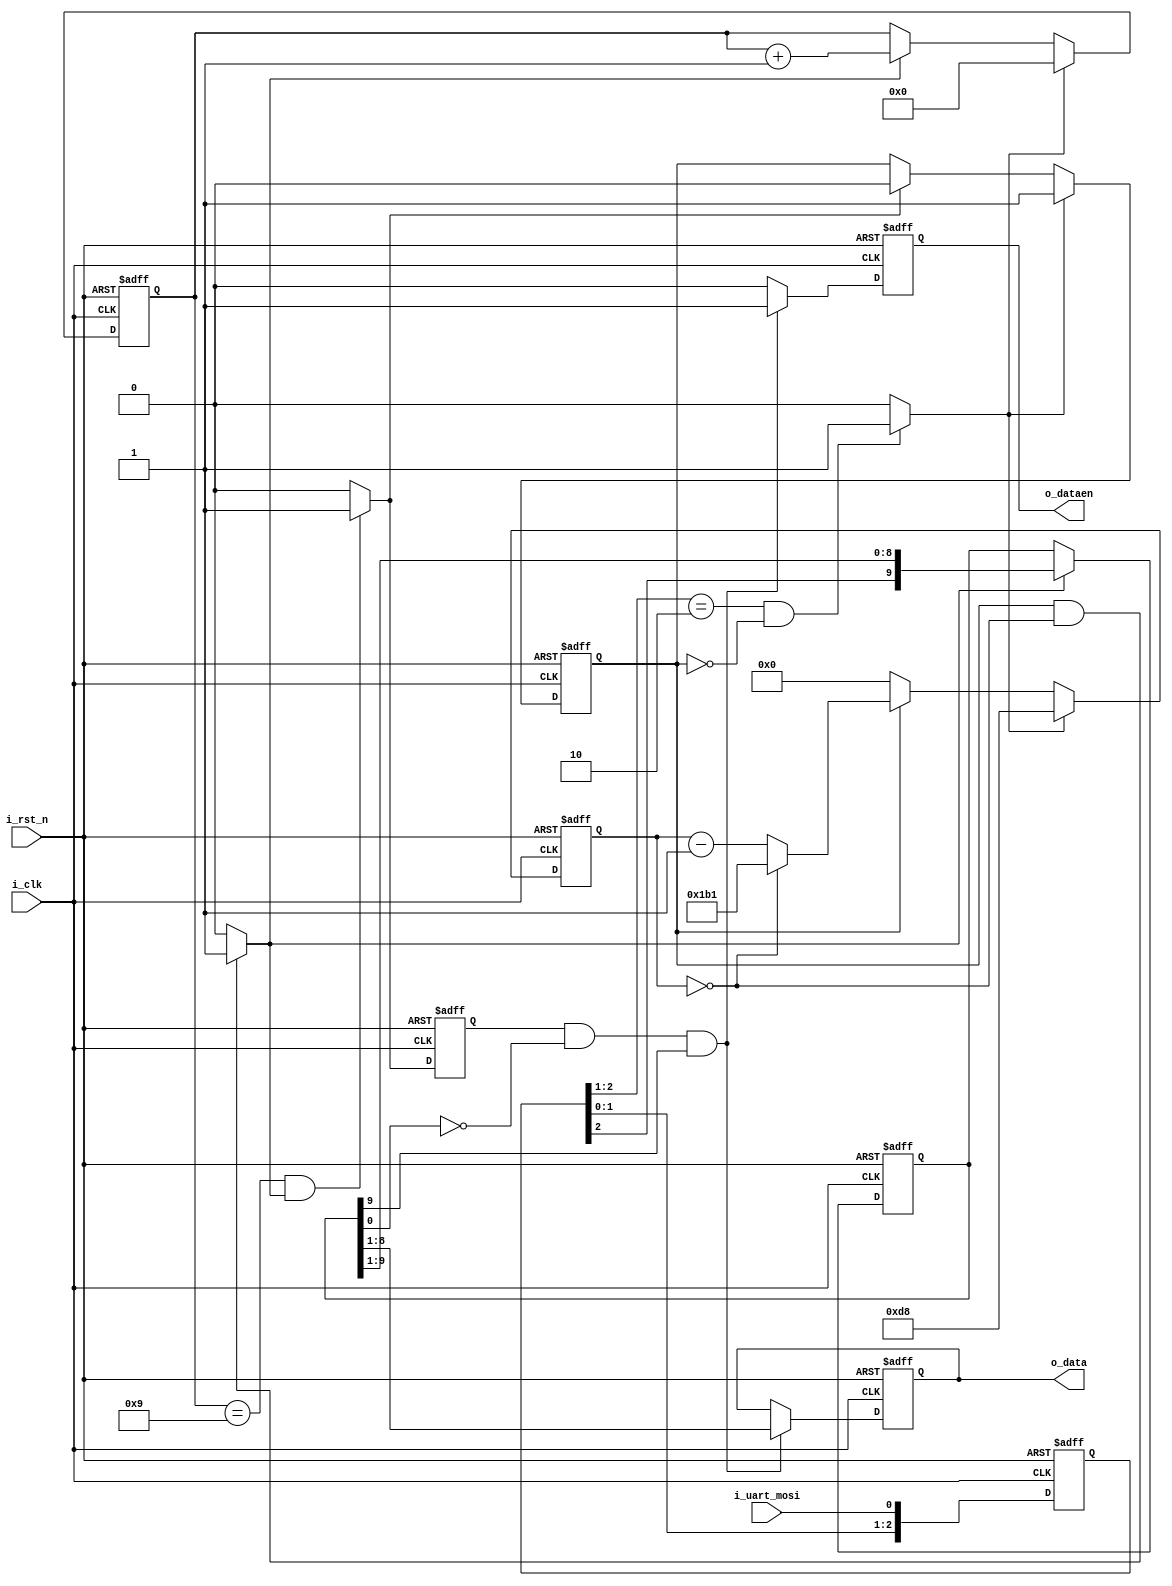
// This program was cloned from: https://github.com/kingyoPiyo/PPS-PhaseMonitor
// License: MIT License

/*============================================================================*/
/*
 * @file    uart_rx.v
 * @brief   UART RX
 * @note    
 * @date    2018/11/19
 * @author  kingyo
 */
/*============================================================================*/
module uart_rx (
    input           i_clk,
    input           i_rst_n,
    input           i_uart_mosi,
    output  [7:0]   o_data,
    output          o_dataen
    );
    
    parameter   DIV_WID = 9;
    parameter   DIV_CNT = 9'd433;   // i_clk = 50MHz, miso_clk = 115200, 50MHz / 115200bps - 1
    
    reg     [2:0]   mosi_ff;        // edge detect FF
    wire            start;          // start
    wire            fin;            // end
    reg             busy;
    reg     [DIV_WID-1:0]   div;    // divider
    reg     [3:0]   bitCnt;         // bit counter
    wire            dt_latch;       // data latch trigger
    reg     [9:0]   sp;             // serial data
    reg     [7:0]   data;           // rx data
    reg             dataen;         // data enable pls
    reg             chk_trg;        // data check trigger


    /* Edge sampling */
    always @(posedge i_clk or negedge i_rst_n) begin
        if (~i_rst_n)
            mosi_ff <= 3'b111;
        else
            mosi_ff <= { mosi_ff[1:0], i_uart_mosi };
    end
    
    /* start pls ( negedge and not busy ) */
    assign start = (mosi_ff[2:1] == 2'b10) & (busy == 1'b0) ? 1'b1 : 1'b0;
    
    /* finish pls ( 10bit sample timing ) */
    assign fin = (bitCnt == 4'd9) & (dt_latch) ? 1'b1 : 1'b0;
    
    /* busy flg */
    always @(posedge i_clk or negedge i_rst_n) begin
        if (~i_rst_n)
            busy <= 1'b0;
        else if (start)
            busy <= 1'b1;
        else if (fin)
            busy <= 1'b0;
    end
    
    /* div counter */
    always @(posedge i_clk or negedge i_rst_n) begin
        if (~i_rst_n)
            div <= 0;
        else if (start)
            div <= { 1'b0, DIV_CNT[DIV_WID-1:1] };  // 1/2
        else if (busy) begin
            if (div == 9'd0) begin
                div <= DIV_CNT;
            end else begin
                div <= div - 9'd1;
            end
        end else begin
            div <= 9'd0;
        end
    end
    
    /* bit counter */
    always @(posedge i_clk or negedge i_rst_n) begin
        if (~i_rst_n) begin
            bitCnt <= 0;
        end else if (start) begin
            bitCnt <= 0;
        end else if (dt_latch) begin
            bitCnt <= bitCnt + 4'd1;
        end
    end
    
    /* data latch trig */
    assign dt_latch = (busy) & (div == 9'd0) ? 1'b1 : 1'b0;
    
    /* seri para FF */
    always @(posedge i_clk or negedge i_rst_n) begin
        if (~i_rst_n) begin
            sp <= 10'h3FF;
        end else if (dt_latch) begin
            sp <= { mosi_ff[2], sp[9:1] }; // LSB First
        end
    end
    
    /* check trig */
     always @(posedge i_clk or negedge i_rst_n) begin
        if (~i_rst_n) begin
            chk_trg <= 1'b0;
        end else begin
            chk_trg <= fin;
        end
    end
    
    /* receive data check and enable */
    always @(posedge i_clk or negedge i_rst_n) begin
        if (~i_rst_n) begin
            data <= 8'h00;
            dataen <= 1'b0;
        end else if (chk_trg & ~sp[0] & sp[9]) begin
            data <= sp[8:1];
            dataen <= 1'b1;
        end else begin
            dataen <= 1'b0;
        end
    end
    
    assign o_data = data;
    assign o_dataen = dataen;
    
endmodule